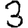
Digit: 3